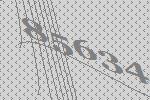
85634